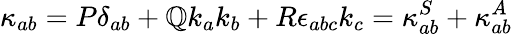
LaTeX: \kappa_{ab}=P\delta_{ab}+\mathbb{Q}k_{a}k_{b}+R\epsilon_{abc}k_{c}=\kappa_{ab}^{S}+\kappa_{ab}^{A}